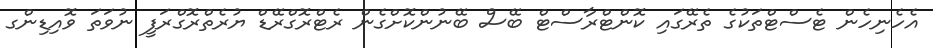
އެހެނިހެން ޓެސްޓްތަކުގެ ތެރޭގައި ކޮންޓްރާސްޓް ބޭސް ބޭނުންކޮށްގެން ރެޓްރޮގްރޭޑް ޔުރެތްރޮގްރަފީ ނުވަތަ ވޮއިޑިންގ